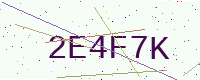
Text: 2E4F7K